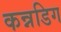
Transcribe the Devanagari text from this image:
कन्नडिग